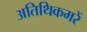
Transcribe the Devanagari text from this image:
अतिथिकमरें